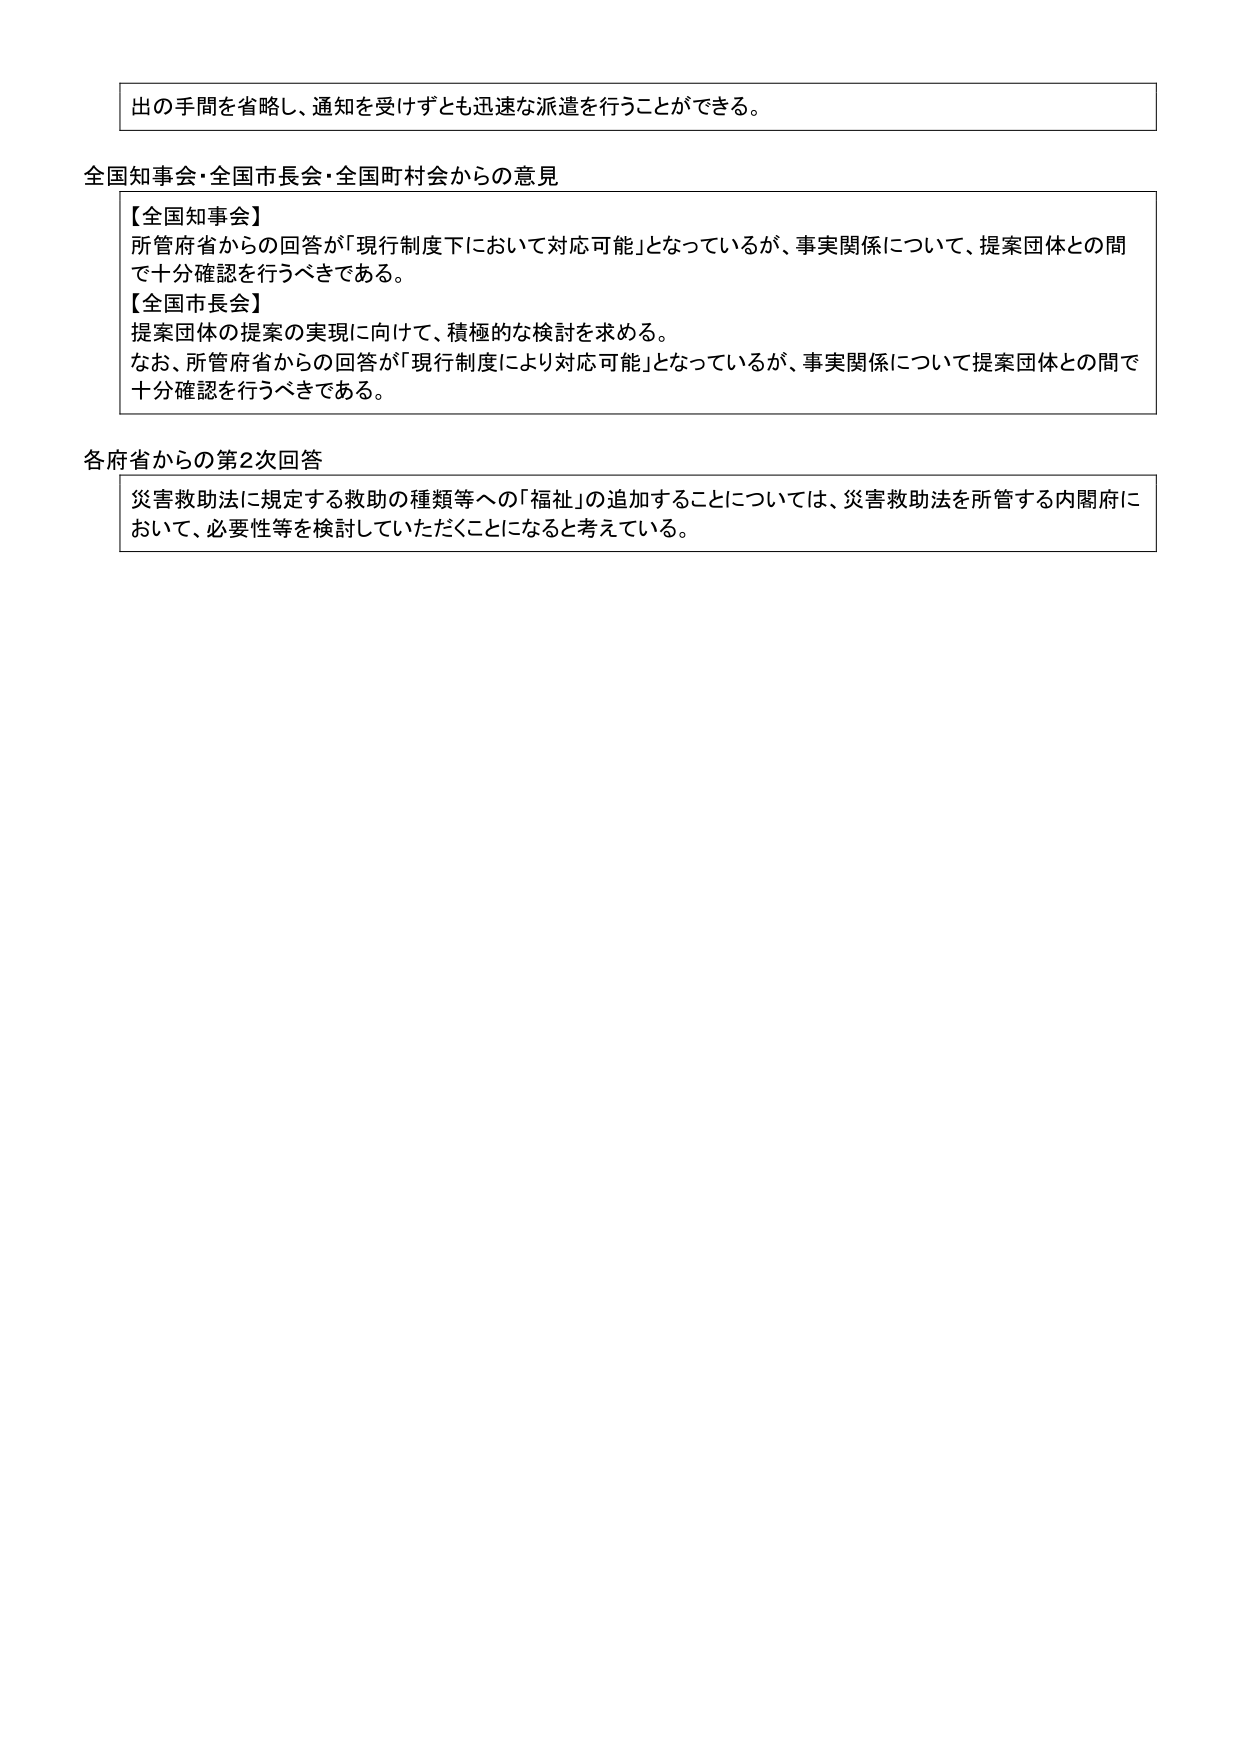
出の手間を省略し、通知を受けずとも迅速な派遣を行うことができる。

全国知事会・全国市長会・全国町村会からの意見
【全国知事会】
所管府省からの回答が「現行制度下において対応可能」となっているが、事実関係について、提案団体との間で十分確認を行うべきである。
【全国市長会】
提案団体の提案の実現に向けて、積極的な検討を求める。
なお、所管府省からの回答が「現行制度により対応可能」となっているが、事実関係について提案団体との間で十分確認を行うべきである。

各府省からの第2次回答
災害救助法に規定する救助の種類等への「福祉」の追加することについては、災害救助法を所管する内閣府において、必要性等を検討していただくことになると考えている。